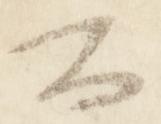
公